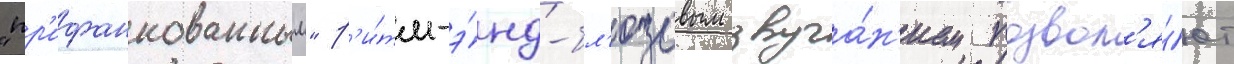
"пр'ифанкованным" р'и́тм-э́нд-бл'юзовым звуча́н'ием позвол'я́ют